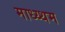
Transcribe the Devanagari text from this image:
माध्य्थम